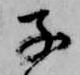
子